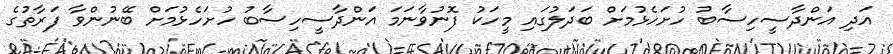
އަދި އަންދާސީހިސާބު ހުށަހެޅުމަށް ބަދަލުގައި މީހަކު ފޮނުވާނަމަ އަންދާސީހިސާބު ހުށަހެޅުމަށް ބޭނުންވާ ފަރާތުގެ